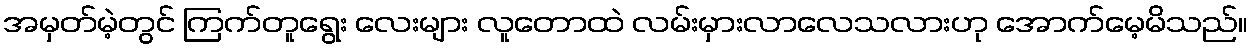
အမှတ်မဲ့တွင် ကြက်တူရွေး လေးများ လူတောထဲ လမ်းမှားလာလေသလားဟု အောက်မေ့မိသည်။